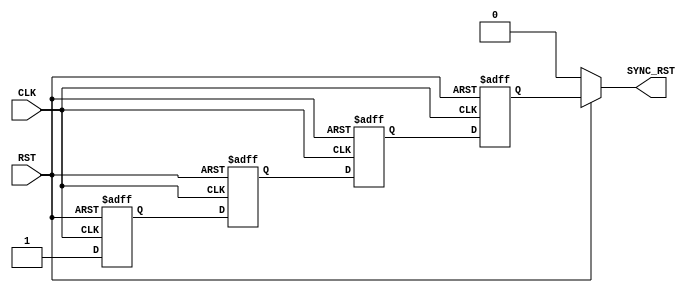
module Rst_Sync #(parameter NUM_STAGES = 'd4 , parameter ACTIVE_TYP = "LOW" )(



input   RST    ,

input   CLK      ,

output  SYNC_RST





);





reg [NUM_STAGES - 1 : 0] FF_Stage;

reg data_SYN;

reg out_next ;





genvar i;






// always @(*)

// begin

//   if(!RST) SYNC_RST = 1'b0;  

//   else if(data_SYN && ACTIVE_TYP == "LOW")   SYNC_RST =  data_SYN ; 

//   else SYNC_RST = out_next;          // TO OVERCOME LATCH IN SYNTHESIS


// end



assign SYNC_RST = data_SYN;



generate

  for(i = 0 ; i < NUM_STAGES ; i = i + 1)

  begin

         always @(posedge CLK or negedge RST) 
         begin

          if (!RST ) begin
               FF_Stage [i] <= 1'b0; 
          end


          else if (i == 0) begin
            FF_Stage[i] <= 1'b1;
          end


          else FF_Stage[i] <= FF_Stage[i-1];

         end

    end



  always @(*) begin

    if(!RST) data_SYN = 0;

    else data_SYN = FF_Stage [NUM_STAGES - 1];

  end  

endgenerate











always @(posedge CLK or negedge RST) begin



  if(!RST) out_next <= 0;



  else out_next <= SYNC_RST;



 end







endmodule










///////////////////////////////////////////////////////////////////////////

////////////////////////////TESTBENCH /////////////////////////////////////

///////////////////////////////////////////////////////////////////////////









// module Rst_Sync_tb;



// /************************************************************

//  /////////TO MAKE IT ACTIVE HIGH SYNCHRONIZED RESET//////////

// /*



// 1) Make all sensitivity list posedge RST instead of neg

// 2) Make the parameter Type HiGH insted of LOW

// 3) Modify the Test Stimulus



// *///*********************************************************



// parameter PERIOD_CLOCK = 100 ;

// parameter NUM_STAGES = 'd4   ;         //Must be st least 2 as this is a synchronizer

// parameter ACTIVE_TYP = "LOW" ;



// reg RST ;

// reg CLK   ;



// wire SYNC_RST;





// Rst_Sync #(.NUM_STAGES(NUM_STAGES) , .ACTIVE_TYP(ACTIVE_TYP)) dut (.RST(RST), .CLK(CLK) ,.SYNC_RST(SYNC_RST));





// always #(PERIOD_CLOCK/2) CLK = ~ CLK ;





// initial

// begin

// CLK   = 1'b0 ;

// RST = 1'b0 ;

// repeat(5) @(negedge CLK);

// RST = 1'b1; 

// #((NUM_STAGES+2) * PERIOD_CLOCK);

// @(negedge CLK);

// RST = 0;

// #(2*PERIOD_CLOCK);



// $stop;  

// end





// endmodule